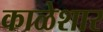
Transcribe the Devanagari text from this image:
काळेशार